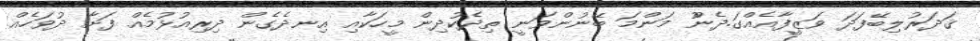
ޤަދަރުލިބޭފަދަ ވަޒީފާއެއްގަ.ދެންު މަންމަ ބޭނުންވަނީ ތިދެކުދިން މީހަކާއި އިނދެގެން ދިރިއުޅުމެއް ފަށާ ދުވަހެއް